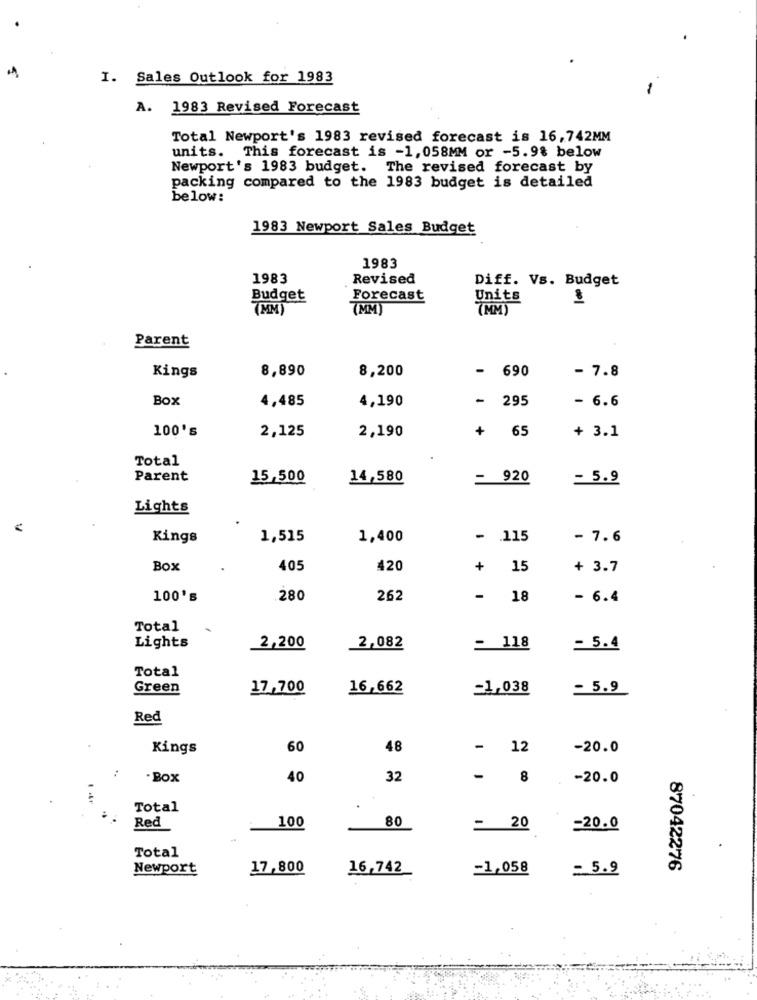
I. Sales Outlook for 1983
A. 1983 Revised Forecast
Total Newport's 1983 revised forecast is 16,742MM
units. This forecast is -1,058MM or -5.9% below
Newport's 1983 budget. The revised forecast by
packing compared to the 1983 budget is detailed
below:
1983 Newport Sales Budget
1983
1983
Revised
Diff. Vs. Budget
Budget
Forecast
Units
(MM)
7MM
(MM)
Parent
8,890
8,200
- 690
Kings
- 7.8
Box
4,485
4,190
- 295
- 6.6
100's
2,125
2,190
+
65
+ 3.1
Total
Parent
15,500
14,580
= 920
- 5.9
Lights
Kings
1,515
1,400
- . 115
- 7.6
Box
405
420
+ 15
+ 3.7
100's
280
262
- 18
- 6.4
Total
Lights
2,200
_2,082
= 118
= 5.4
Total
Green
17,700
16,662
=1,038
= 5.9
Red
Kings
60
48
-
12
-20.0
- Box
40
32
8
-20.0
Total
Red
80
100
= 20
=20.0
Total
Newport
17,800
16,742
=1,058
= 5.9
87042276